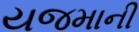
યજમાની